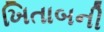
ખિતાબની